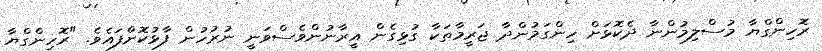
ރޮހިންގްޔާ މުސްލިމުންނާ ދެކޮޅަށް ހިންގަމުންދާ ޖަރީމާތަކާ ގުޅިގެން އީރާނުންވެސްވަނީ ނުރުހުން ފާޅުކޮށްފައެވެ. "ރޮހިންގްޔާ